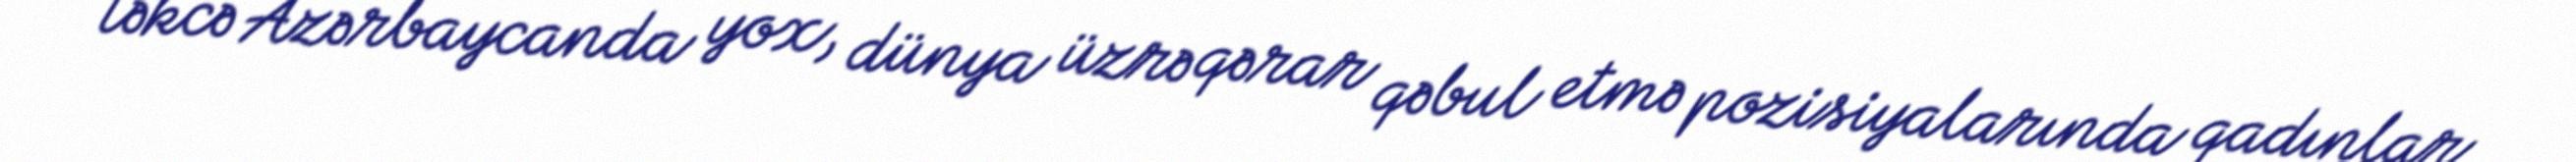
təkcə Azərbaycanda yox, dünya üzrə qərar qəbul etmə pozisiyalarında qadınlar